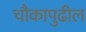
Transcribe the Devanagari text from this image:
चौकापुढील